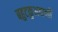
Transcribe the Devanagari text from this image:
बहुटकुअवाली